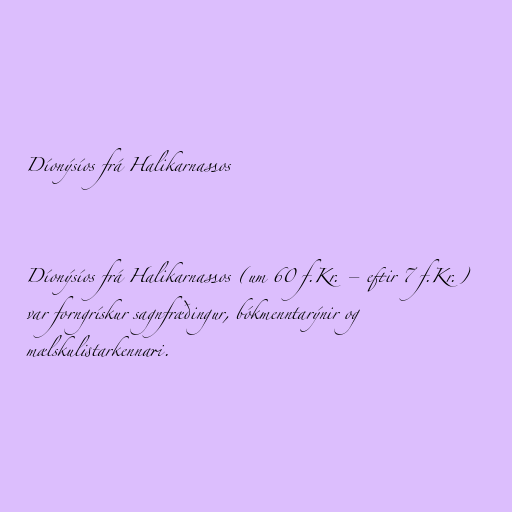
Díonýsíos frá Halikarnassos

Díonýsíos frá Halikarnassos (um 60 f.Kr. – eftir 7 f.Kr.)
var forngrískur sagnfræðingur, bókmenntarýnir og
mælskulistarkennari.